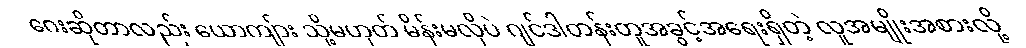
ဂေးဆိုတာလည်း ယောကျ်ား သို့မဟုတ် မိန်းမလိုပဲ ဂျင်ဒါတန်းတူအခွင့်အရေးရှိတဲ့ လူအမျိုးအစားလို့